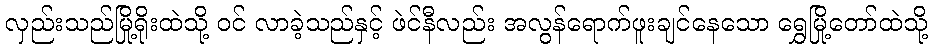
လှည်းသည်မြို့ရိုးထဲသို့ ဝင် လာခဲ့သည်နှင့် ဖဲင်နီလည်း အလွန်ရောက်ဖူးချင်နေသော ရွှေမြို့တော်ထဲသို့